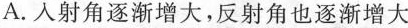
A.入射角逐渐增大，反射角也逐渐增大